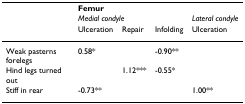
<table><thead><tr><td></td><td colspan="4"><b>Femur</b></td></tr><tr><td></td><td colspan="3"><b><i>Medial condyle</i></b></td><td><b><i>Lateral condyle</i></b></td></tr><tr><td></td><td><b>Ulceration</b></td><td><b>Repair</b></td><td><b>Infolding</b></td><td><b>Ulceration</b></td></tr></thead><tbody><tr><td>Weak pasterns forelegs</td><td>0.58*</td><td></td><td>-0.90**</td><td></td></tr><tr><td>Hind legs turned out</td><td></td><td>1.12***</td><td>-0.55*</td><td></td></tr><tr><td>Stiff in rear</td><td>-0.73**</td><td></td><td></td><td>1.00**</td></tr></tbody></table>